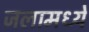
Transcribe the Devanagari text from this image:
जलामध्ये